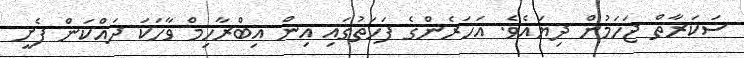
ސަކަރާތް ޖަހަމުން ދިޔައެވެ. އަހަރެންގެ ފަހަތުގައި އިން އިބްރާހިމް ވާހަކަ ދައްކަން ފެށީ